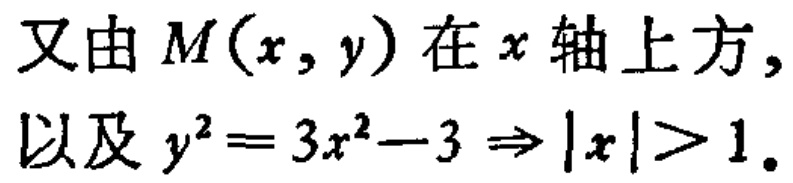
又由\(M(x,y)\)在\(x\)轴上方，
以及\(y^{2}=3x^{2}-3\Rightarrow |x|>1\)。